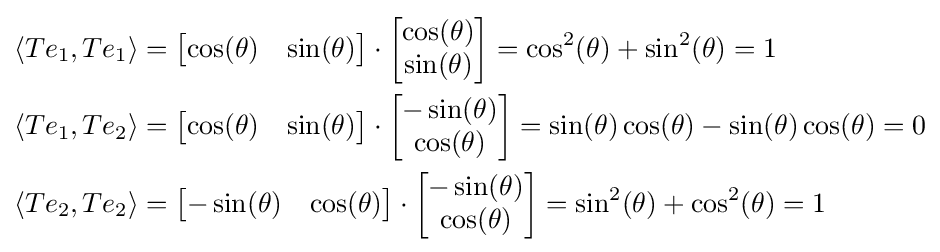
{\begin{aligned}&\langle Te_{1},Te_{1}\rangle ={\begin{bmatrix}\cos(\theta )&\sin(\theta )\end{bmatrix}}\cdot {\begin{bmatrix}\cos(\theta )\\\sin(\theta )\end{bmatrix}}=\cos ^{2}(\theta )+\sin ^{2}(\theta )=1\\&\langle Te_{1},Te_{2}\rangle ={\begin{bmatrix}\cos(\theta )&\sin(\theta )\end{bmatrix}}\cdot {\begin{bmatrix}-\sin(\theta )\\\cos(\theta )\end{bmatrix}}=\sin(\theta )\cos(\theta )-\sin(\theta )\cos(\theta )=0\\&\langle Te_{2},Te_{2}\rangle ={\begin{bmatrix}-\sin(\theta )&\cos(\theta )\end{bmatrix}}\cdot {\begin{bmatrix}-\sin(\theta )\\\cos(\theta )\end{bmatrix}}=\sin ^{2}(\theta )+\cos ^{2}(\theta )=1\\\end{aligned}}